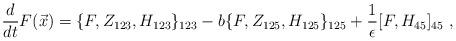
LaTeX: \begin{align*}\frac{d}{dt} F(\vec{x}) = \{ F, Z_{123}, H_{123} \}_{123} - b \{ F, Z_{125}, H_{125} \}_{125} + \frac{1}{\epsilon} [F , H_{45}]_{45}~,\end{align*}